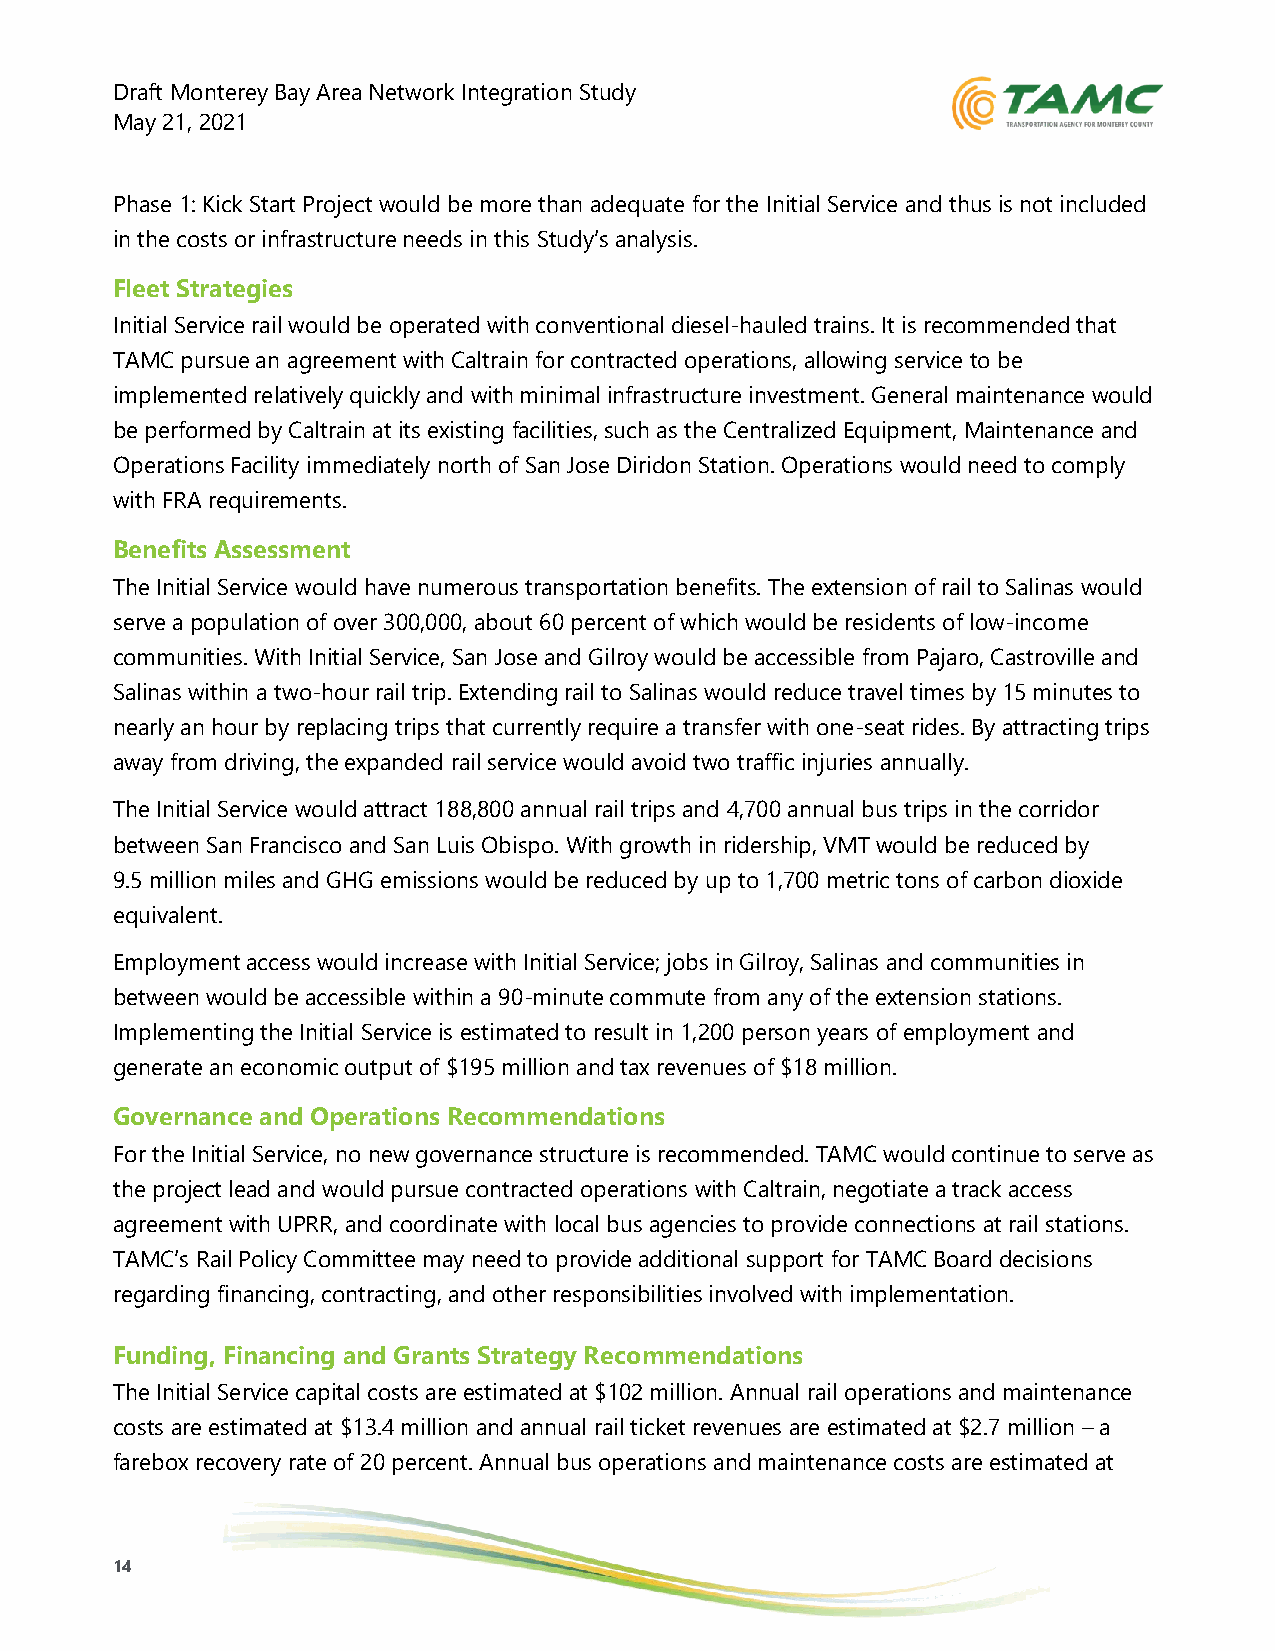
Draft Monterey Bay Area Network Integration Study
 May 21, 2021
 Phase 1: Kick Start Project would be more than adequate for the Initial Service and thus is not included
 in the costs or infrastructure needs in this Study’s analysis.
 Fleet Strategies
 Initial Service rail would be operated with conventional diesel-hauled trains. It is recommended that
 TAMC pursue an agreement with Caltrain for contracted operations, allowing service to be
 implemented relatively quickly and with minimal infrastructure investment. General maintenance would
 be performed by Caltrain at its existing facilities, such as the Centralized Equipment, Maintenance and
 Operations Facility immediately north of San Jose Diridon Station. Operations would need to comply
 with FRA requirements.
 Benefits Assessment
 The Initial Service would have numerous transportation benefits. The extension of rail to Salinas would
 serve a population of over 300,000, about 60 percent of which would be residents of low-income
 communities. With Initial Service, San Jose and Gilroy would be accessible from Pajaro, Castroville and
 Salinas within a two-hour rail trip. Extending rail to Salinas would reduce travel times by 15 minutes to
 nearly an hour by replacing trips that currently require a transfer with one-seat rides. By attracting trips
 away from driving, the expanded rail service would avoid two traffic injuries annually.
 The Initial Service would attract 188,800 annual rail trips and 4,700 annual bus trips in the corridor
 between San Francisco and San Luis Obispo. With growth in ridership, VMT would be reduced by
 9.5 million miles and GHG emissions would be reduced by up to 1,700 metric tons of carbon dioxide
 equivalent.
 Employment access would increase with Initial Service; jobs in Gilroy, Salinas and communities in
 between would be accessible within a 90-minute commute from any of the extension stations.
 Implementing the Initial Service is estimated to result in 1,200 person years of employment and
 generate an economic output of $195 million and tax revenues of $18 million.
 Governance and Operations Recommendations
 For the Initial Service, no new governance structure is recommended. TAMC would continue to serve as
 the project lead and would pursue contracted operations with Caltrain, negotiate a track access
 agreement with UPRR, and coordinate with local bus agencies to provide connections at rail stations.
 TAMC’s Rail Policy Committee may need to provide additional support for TAMC Board decisions
 regarding financing, contracting, and other responsibilities involved with implementation.
 Funding, Financing and Grants Strategy Recommendations
 The Initial Service capital costs are estimated at $102 million. Annual rail operations and maintenance
 costs are estimated at $13.4 million and annual rail ticket revenues are estimated at $2.7 million – a
 farebox recovery rate of 20 percent. Annual bus operations and maintenance costs are estimated at
 14